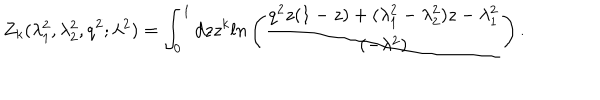
Z _ { k } ( \lambda _ { 1 } ^ { 2 } , \lambda _ { 2 } ^ { 2 } , q ^ { 2 } ; \lambda ^ { 2 } ) = \int _ { 0 } ^ { 1 } d z z ^ { k } l n \left( \frac { q ^ { 2 } z ( 1 - z ) + ( \lambda _ { 1 } ^ { 2 } - \lambda _ { 2 } ^ { 2 } ) z - \lambda _ { 1 } ^ { 2 } } { ( - \lambda ^ { 2 } ) } \right) .